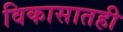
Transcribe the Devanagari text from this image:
विकासातही